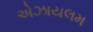
એઝાયલમ